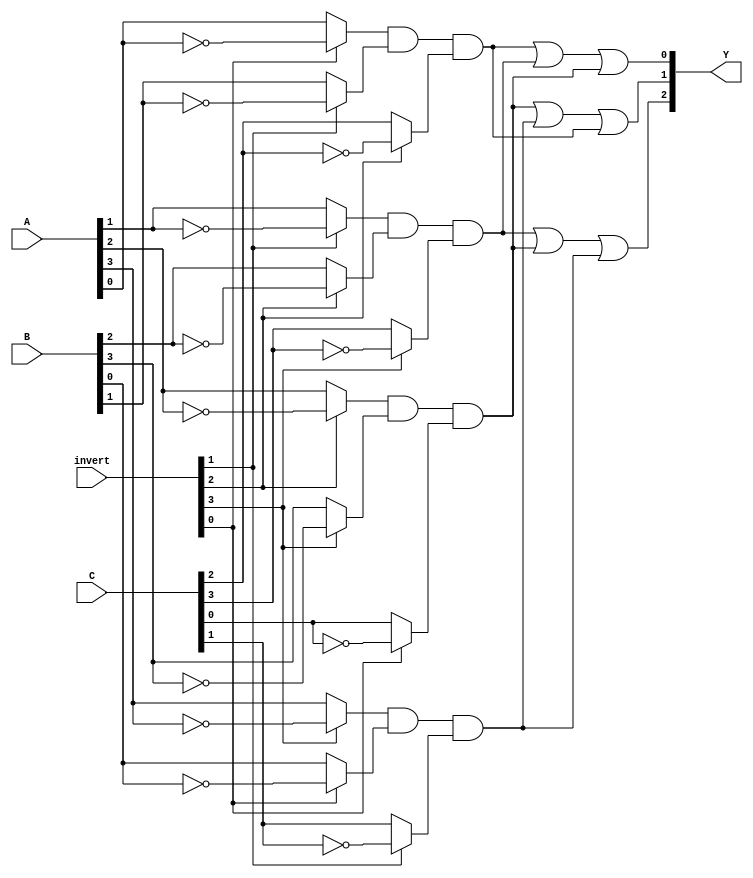
module jewel_pal (
    input [3:0] A,              // 4-bit input
    input [3:0] B,              // 4-bit input
    input [3:0] C,              // 4-bit input
    input [3:0] invert,         // Control signals for inversion (1 = inverted, 0 = direct)
    output [2:0] Y              // 3-bit output (fixed OR outputs)
);

// Parameters for the number of AND gates and OR gates
parameter NUM_AND_GATES = 8;  // Example number of AND gates
parameter NUM_OR_GATES = 3;    // Example number of OR gates

// Internal signals for the AND gate outputs
wire [NUM_AND_GATES-1:0] and_out;

// Programmable AND gate array
genvar i;
generate
    for (i = 0; i < NUM_AND_GATES; i = i + 1) begin : and_array
        // Example logic for AND gates
        // Customize the input combination for each AND gate as needed
        assign and_out[i] = 
            (invert[i % 4] ? ~A[i % 4] : A[i % 4]) &   // A inputs
            (invert[(i+1) % 4] ? ~B[(i+1) % 4] : B[(i+1) % 4]) & // B inputs
            (invert[(i+2) % 4] ? ~C[(i+2) % 4] : C[(i+2) % 4]); // C inputs
    end
endgenerate

// Fixed OR array
assign Y[0] = and_out[0] | and_out[1] | and_out[2]; // OR gate 1
assign Y[1] = and_out[2] | and_out[3] | and_out[4]; // OR gate 2
assign Y[2] = and_out[5] | and_out[6] | and_out[7]; // OR gate 3

endmodule